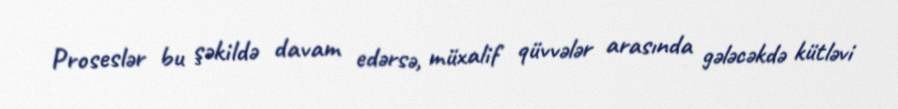
Proseslər bu şəkildə davam edərsə, müxalif qüvvələr arasında gələcəkdə kütləvi